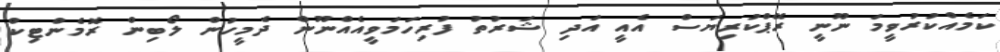
ކަމެއްކުރުވީމަ ނޫނީ ރޭޕްކުރިޔަސް އެއީ އަދި ޝަރުތު ފުރިހަމަވީއެއްނޫން ދެމީހުން ލޯބިން ރޮމެންޓިކް